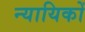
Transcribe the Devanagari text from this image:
न्यायिकों